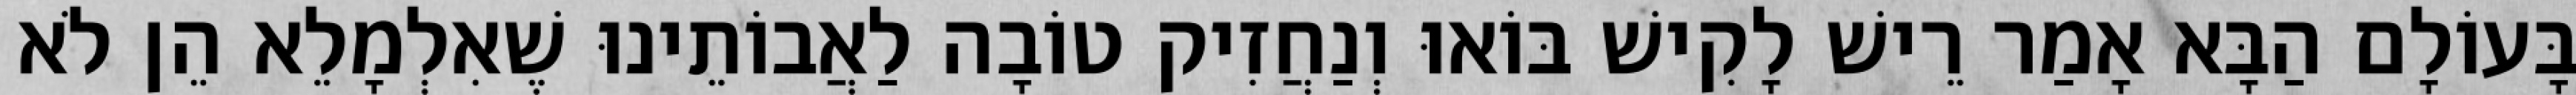
בָּעוֹלָם הַבָּא אָמַר רֵישׁ לָקִישׁ בּוֹאוּ וְנַחֲזִיק טוֹבָה לַאֲבוֹתֵינוּ שֶׁאִלְמָלֵא הֵן לֹא